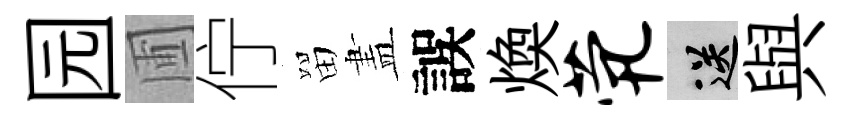
园圃佇㽞𥁞誤煥茕送與